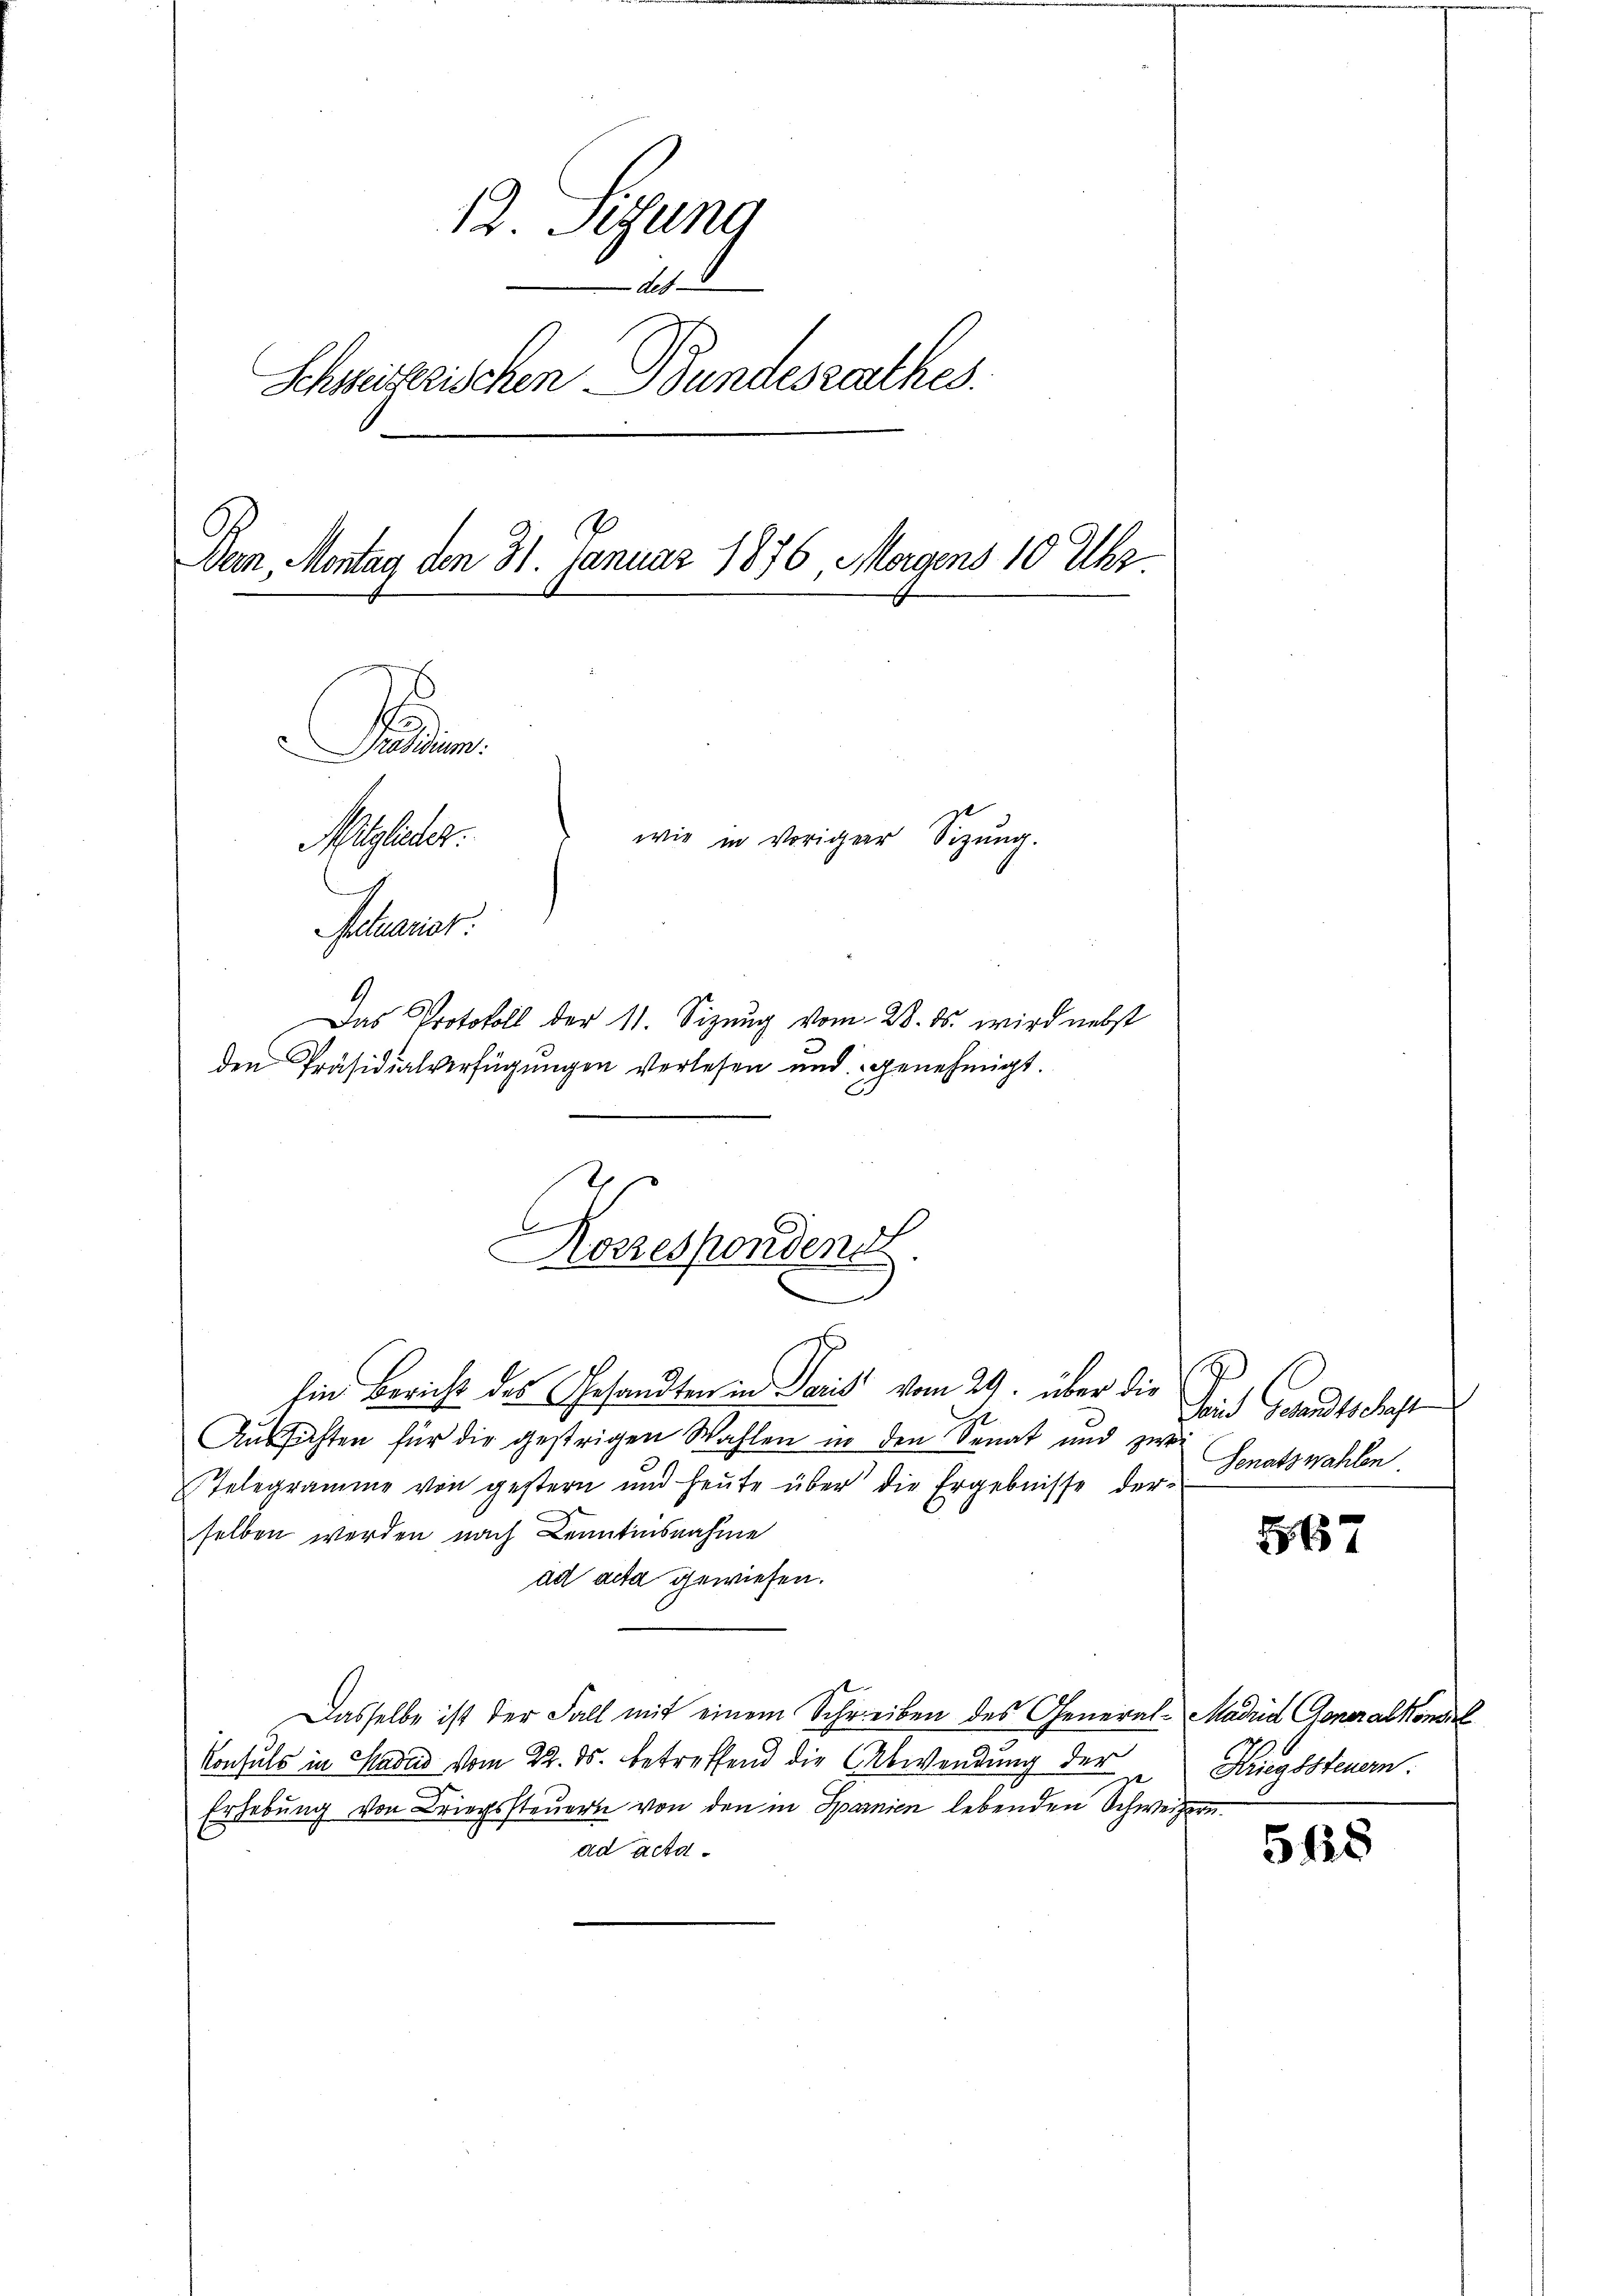
12. Sigung
def
Schweizerischen Bundesrathes.
.
Bern, Montag den 31. Januar 1876, Morgens 10 Uhr.
Fudium.
wie in Voriger Sitzung.
Napleter.
2
Actuariat
Das Protokoll der 11. Sizung vom 28. ds. wird nebst
den Präsidialverfügungen verlesen und genehmigt.

Korrespondend

hin Bericht des Gesandten in Paris vom 29. über die
Aussichten für die gestrigen Wahlen in den Senat und zwei
Telegramme von gestern und heute über die Ergebnisse der-
selben werden nach Lentinsnahme
ad acta gewiesen.
Dasselbe ist der Fall mit einem Schreiben des General-Madrid Generalkonsul
Konsuls in Haus vom 22. ds. betreffend die Abwendung der
Erhebung von Briegssteuer von den in Sparnien lebenden Schweizern.
ad acta

t
Said Gesandtschaft
Genatswahlen

567

Kriegssteuern.

5625